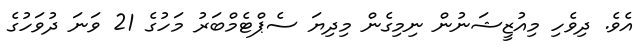
އެވެެ. ދިވެހި މިއުޒީޝަނުން ނިމިގެން މިދިޔަ ސެޕްޓެމްބަރު މަހުގެ 21 ވަނަ ދުވަހުގެ